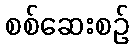
စစ်ဆေးစဉ်